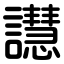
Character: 譿